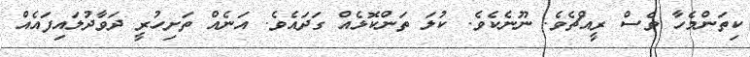
ކިތަންމެހާ ވެސް ރީއްޗެވެ. ނޫނެކެވެ. ކުލަ ތަންކޮޅެއް ގަދައެވެ. އަނެއް ތަށިހުރީ ދަވާދުލައިފައެއް